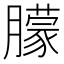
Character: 朦